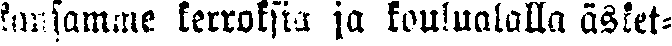
kansamme kerroksia ja koulualalla äsket-